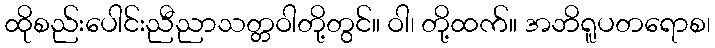
ထိုစည်းပေါင်းညီညာသတ္တဝါတို့တွင်။ ဝါ၊ တို့ထက်။ အဘိရူပတရောစ၊